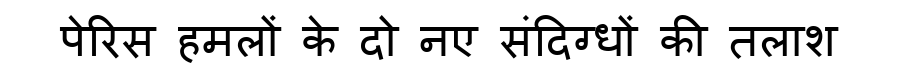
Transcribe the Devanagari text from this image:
पेरिस हमलों के दो नए संदिग्धों की तलाश